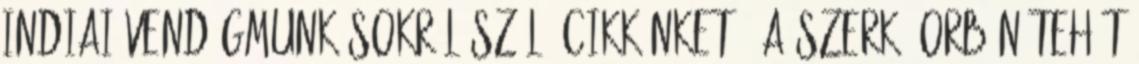
indiai vendégmunkásokról szóló cikkünket – a szerk. Orbán tehát